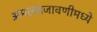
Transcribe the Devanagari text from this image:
अंमलबजावणीमध्ये